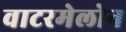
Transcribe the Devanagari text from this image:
वाटरमेलोन